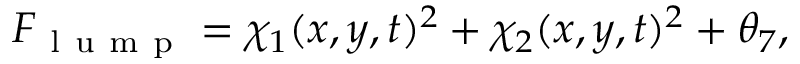
\begin{array} { r } { F _ { \mathrm { ~ l ~ u ~ m ~ p ~ } } = \chi _ { 1 } ( x , y , t ) ^ { 2 } + \chi _ { 2 } ( x , y , t ) ^ { 2 } + \theta _ { 7 } , } \end{array}